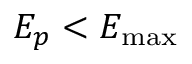
E _ { p } < E _ { \operatorname* { m a x } }